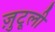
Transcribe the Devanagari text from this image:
ज़ुटूली